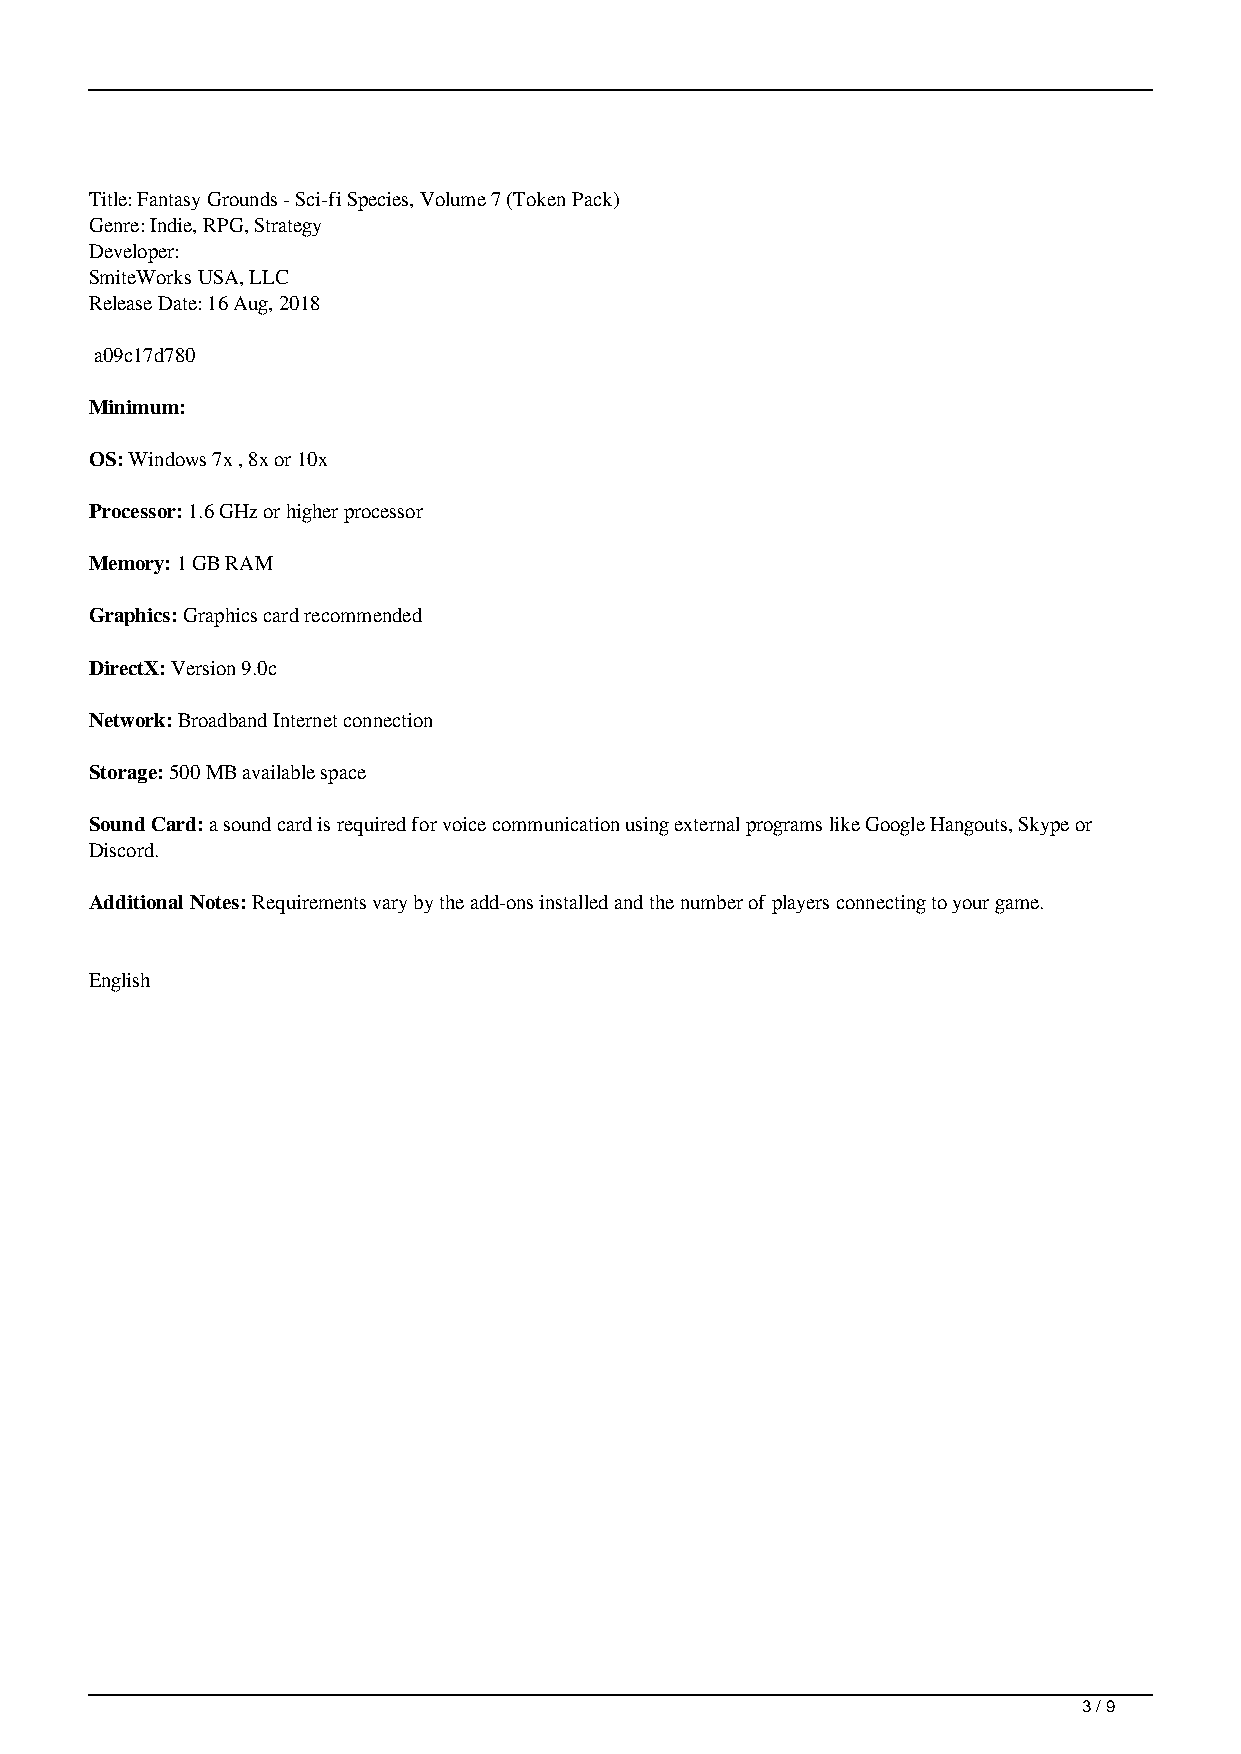
Title: Fantasy Grounds - Sci-fi Species, Volume 7 (Token Pack)
 Genre: Indie, RPG, Strategy
 Developer:
 SmiteWorks USA, LLC
 Release Date: 16 Aug, 2018
 a09c17d780
 Minimum:
 OS: Windows 7x , 8x or 10x
 Processor: 1.6 GHz or higher processor
 Memory: 1 GB RAM
 Graphics: Graphics card recommended
 DirectX: Version 9.0c
 Network: Broadband Internet connection
 Storage: 500 MB available space
 Sound Card: a sound card is required for voice communication using external programs like Google Hangouts, Skype or
 Discord.
 Additional Notes: Requirements vary by the add-ons installed and the number of players connecting to your game.
 English
 3 / 9